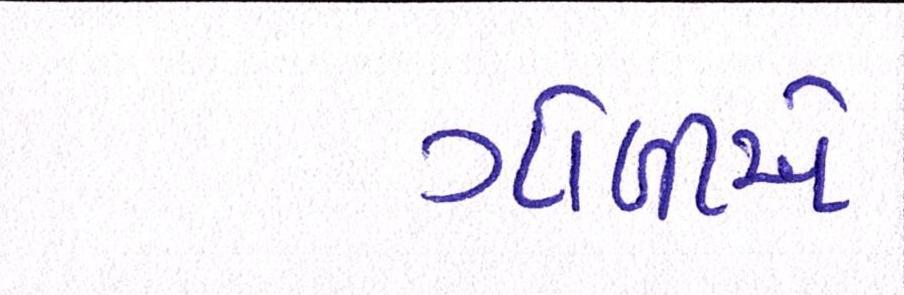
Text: ગોળીએ